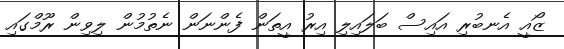
ޒޯއީ އެނބުރި އައިސް ބަލައިލި އިރު އީތަން ފެންނަން ނެތުމުން ލިވިން ރޫމްގައި